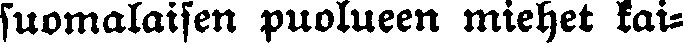
suomalaisen puolueen miehet kai-